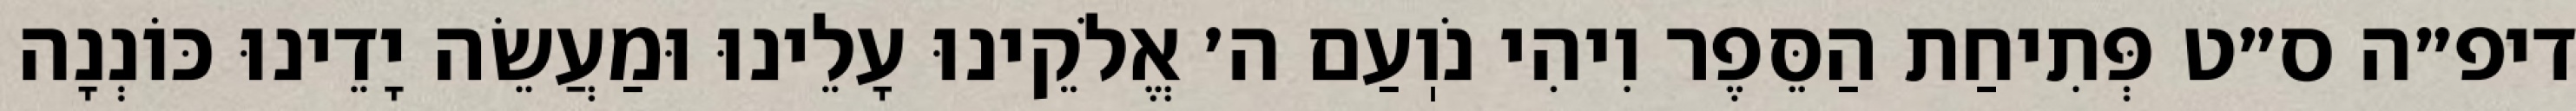
דיפ״ה ס״ט פְּתִיחַת הַסֵּפֶר וִיהִי נֹוֽעַם ה׳ אֱלֹקֵינוּ עָלֵינוּ וּמַעֲשֵׂה יָדֵינוּ כּוֹנְנָה